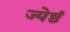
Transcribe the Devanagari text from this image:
ज्येष्ठं